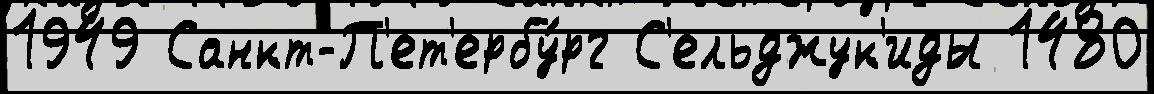
1949 Санкт-П'ет'ербу́рг С'ельджук'иды 1480